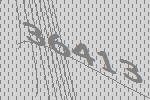
36413